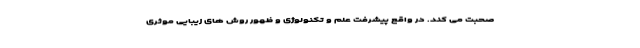
صحبت می کند. در واقع پیشرفت علم و تکنولوژی و ظهور روش های زیبایی موثری